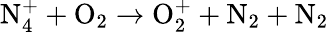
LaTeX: \mathrm{N_{4}^{+}+O_{2}\to O_{2}^{+}+N_{2}+N_{2}}